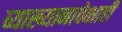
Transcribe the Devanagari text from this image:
व्याख्यानापेक्षाही